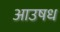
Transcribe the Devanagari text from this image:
आउषध